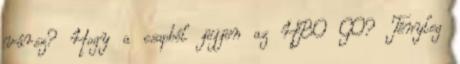
vársz? Hogy a csapból jöjjön az HBO GO? Tényleg